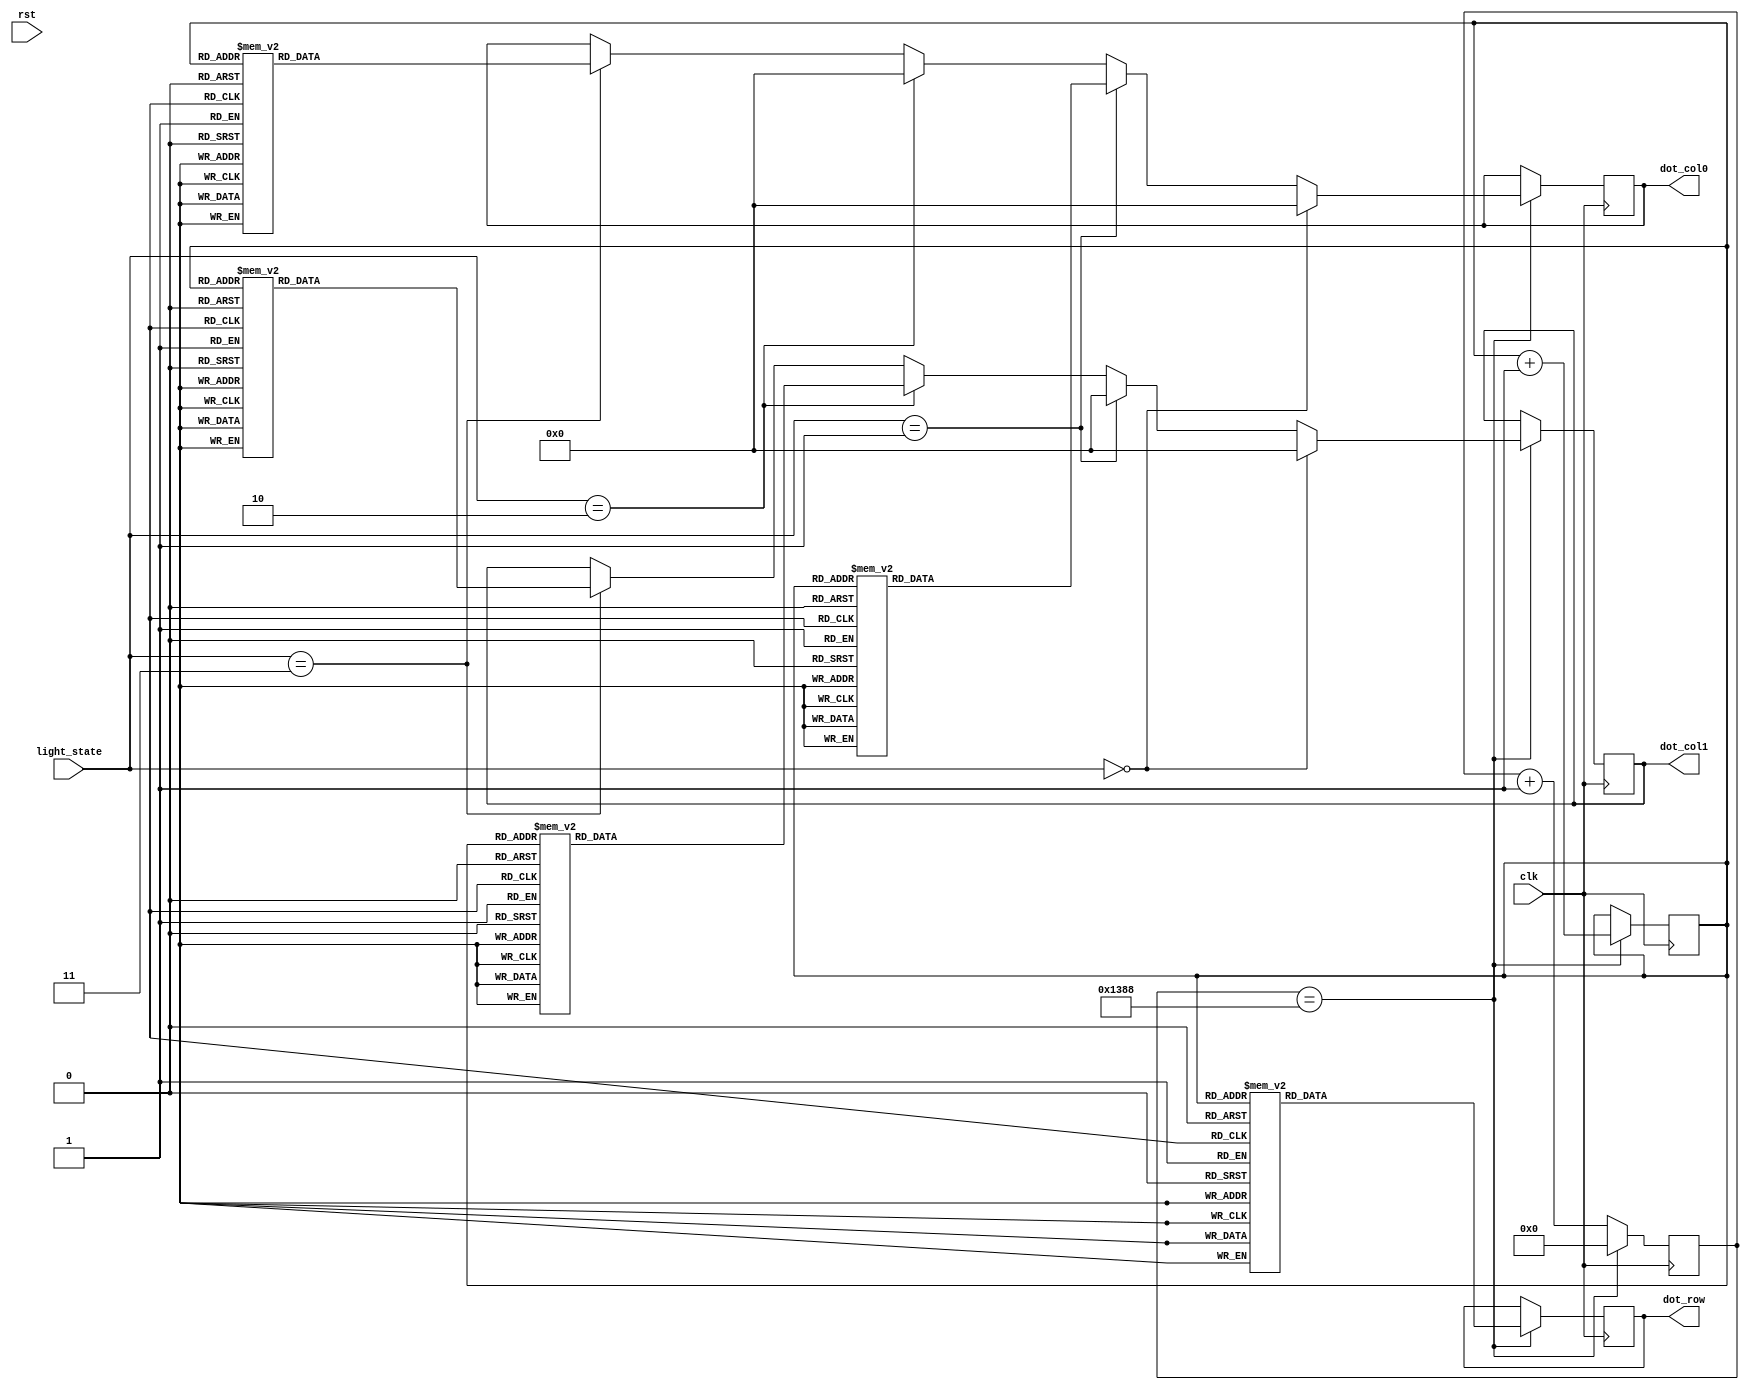
module dot_display (
    input clk,  //original clk
    input rst,
    input [1:0] light_state,
    output reg [7:0] dot_row,
    output reg [7:0] dot_col0,
    output reg [7:0] dot_col1
);
    reg [31:0] freq;
    reg [ 2:0] count;
    always @(posedge clk) begin
        if (freq == 5000) begin
            case (count)
                3'd0: dot_row <= 8'b01111111;
                3'd1: dot_row <= 8'b10111111;
                3'd2: dot_row <= 8'b11011111;
                3'd3: dot_row <= 8'b11101111;
                3'd4: dot_row <= 8'b11110111;
                3'd5: dot_row <= 8'b11111011;
                3'd6: dot_row <= 8'b11111101;
                3'd7: dot_row <= 8'b11111110;
            endcase
            if (light_state == 2'd0) begin  //both dark mode
                dot_col0 <= 8'b00000000;
                dot_col1 <= 8'b00000000;
            end else if (light_state == 2'd1) begin  // board become large 
                dot_col1 <= 8'b00000000;
                case (count)
                    3'd0: dot_col0 <= 8'b00000000;
                    3'd1: dot_col0 <= 8'b00100100;
                    3'd2: dot_col0 <= 8'b01000010;
                    3'd3: dot_col0 <= 8'b11111111;
                    3'd4: dot_col0 <= 8'b01000010;
                    3'd5: dot_col0 <= 8'b00100100;
                    3'd6: dot_col0 <= 8'b00000000;
                    3'd7: dot_col0 <= 8'b11111111;
                endcase
            end else if (light_state == 2'd2) begin  //speed up
                dot_col0 <= 8'b00000000;
                case (count)
                    3'd0: dot_col1 <= 8'b00011000;
                    3'd1: dot_col1 <= 8'b00011000;
                    3'd2: dot_col1 <= 8'b00011000;
                    3'd3: dot_col1 <= 8'b11111111;
                    3'd4: dot_col1 <= 8'b11111111;
                    3'd5: dot_col1 <= 8'b00011000;
                    3'd6: dot_col1 <= 8'b00011000;
                    3'd7: dot_col1 <= 8'b00011000;
                endcase
            end else if (light_state == 2'd3) begin  //speed up and board become large
                case (count)
                    3'd0: dot_col0 <= 8'b00000000;
                    3'd1: dot_col0 <= 8'b00100100;
                    3'd2: dot_col0 <= 8'b01000010;
                    3'd3: dot_col0 <= 8'b11111111;
                    3'd4: dot_col0 <= 8'b01000010;
                    3'd5: dot_col0 <= 8'b00100100;
                    3'd6: dot_col0 <= 8'b00000000;
                    3'd7: dot_col0 <= 8'b11111111;
                endcase
                case (count)
                    3'd0: dot_col1 <= 8'b00011000;
                    3'd1: dot_col1 <= 8'b00011000;
                    3'd2: dot_col1 <= 8'b00011000;
                    3'd3: dot_col1 <= 8'b11111111;
                    3'd4: dot_col1 <= 8'b11111111;
                    3'd5: dot_col1 <= 8'b00011000;
                    3'd6: dot_col1 <= 8'b00011000;
                    3'd7: dot_col1 <= 8'b00011000;
                endcase
            end
            count <= count + 1;
            freq  <= 0;
        end else begin
            freq <= freq + 1;
        end
    end
endmodule